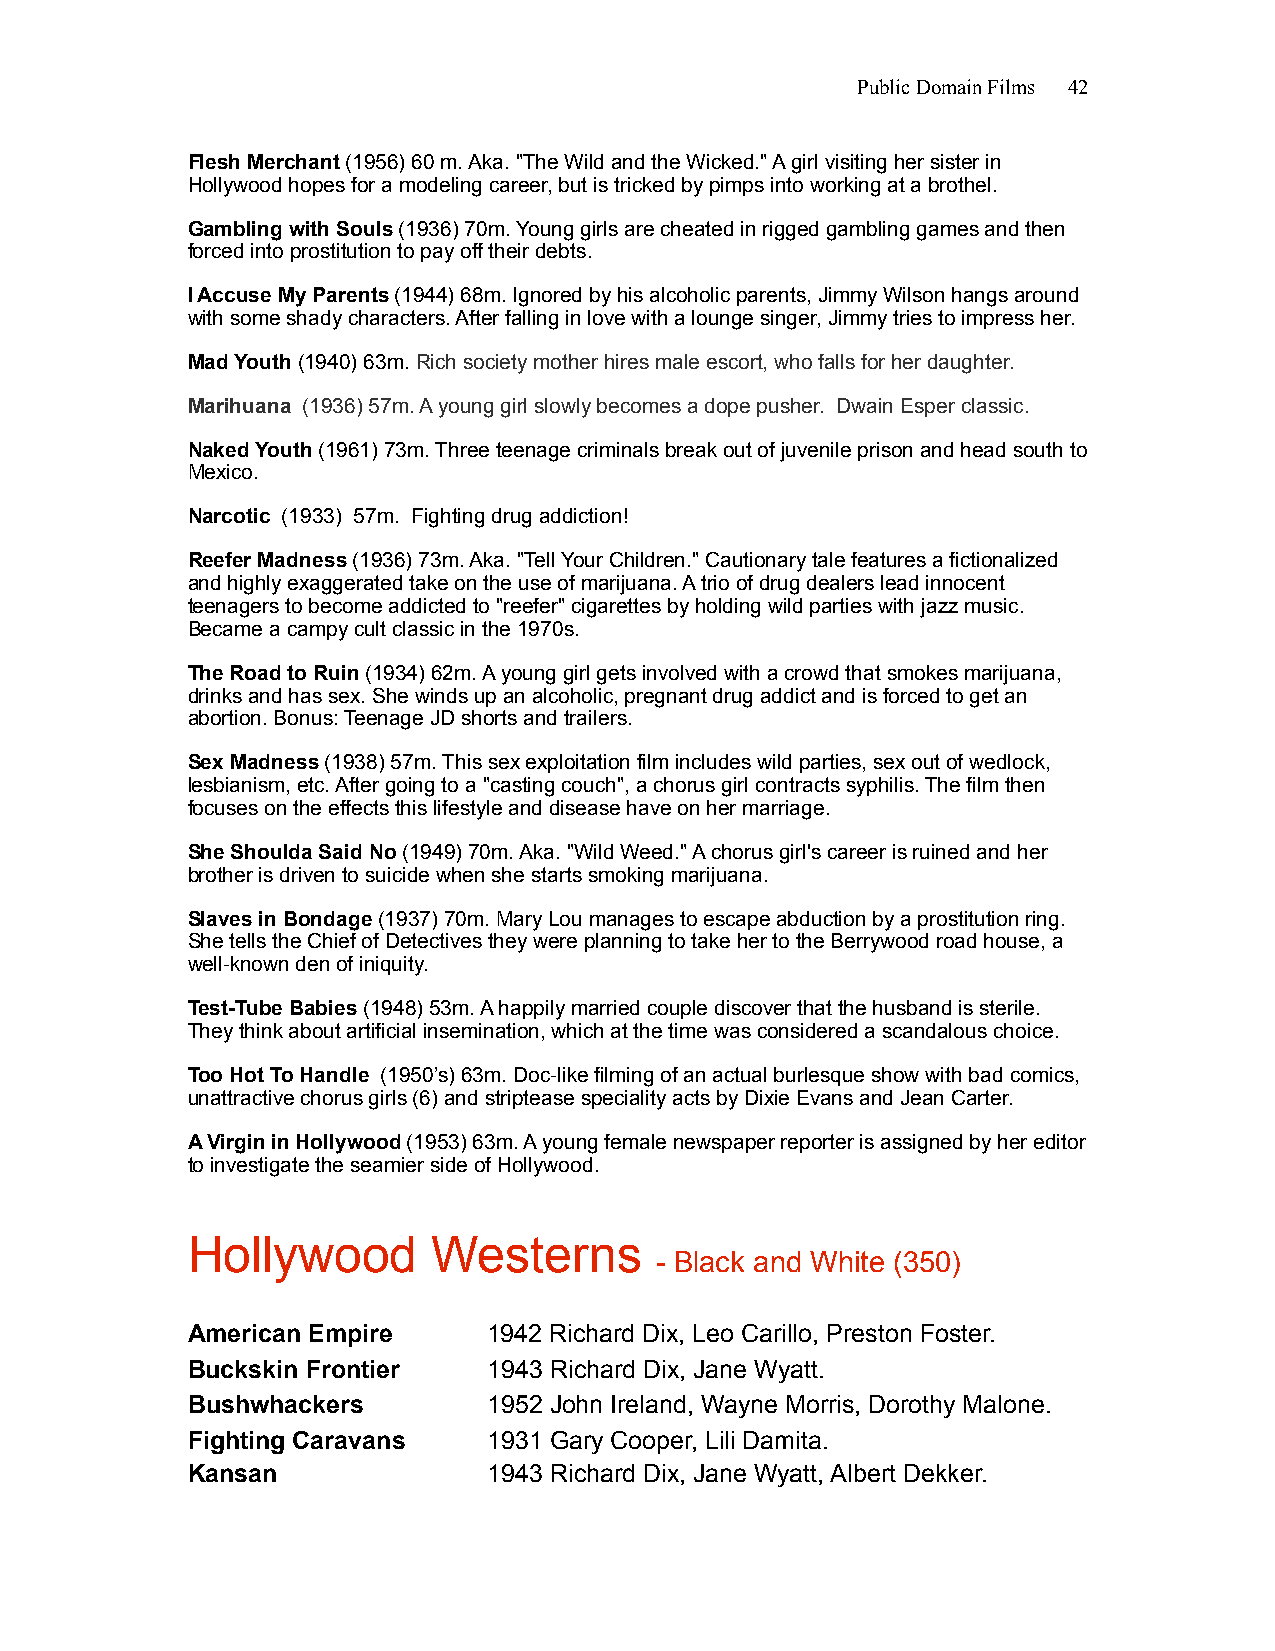
Public Domain Films 42
 Flesh Merchant (1956) 60 m. Aka. "The Wild and the Wicked." A girl visiting her sister in
 Hollywood hopes for a modeling career, but is tricked by pimps into working at a brothel.
 Gambling with Souls (1936) 70m. Young girls are cheated in rigged gambling games and then
 forced into prostitution to pay off their debts.
 I Accuse My Parents (1944) 68m. Ignored by his alcoholic parents, Jimmy Wilson hangs around
 with some shady characters. After falling in love with a lounge singer, Jimmy tries to impress her.
 Mad Youth (1940) 63m. Rich society mother hires male escort, who falls for her daughter.
 Marihuana (1936) 57m. A young girl slowly becomes a dope pusher. Dwain Esper classic.
 Naked Youth (1961) 73m. Three teenage criminals break out of juvenile prison and head south to
 Mexico.
 Narcotic (1933) 57m. Fighting drug addiction!
 Reefer Madness (1936) 73m. Aka. "Tell Your Children." Cautionary tale features a fictionalized
 and highly exaggerated take on the use of marijuana. A trio of drug dealers lead innocent
 teenagers to become addicted to "reefer" cigarettes by holding wild parties with jazz music.
 Became a campy cult classic in the 1970s.
 The Road to Ruin (1934) 62m. A young girl gets involved with a crowd that smokes marijuana,
 drinks and has sex. She winds up an alcoholic, pregnant drug addict and is forced to get an
 abortion. Bonus: Teenage JD shorts and trailers.
 Sex Madness (1938) 57m. This sex exploitation film includes wild parties, sex out of wedlock,
 lesbianism, etc. After going to a "casting couch", a chorus girl contracts syphilis. The film then
 focuses on the effects this lifestyle and disease have on her marriage.
 She Shoulda Said No (1949) 70m. Aka. "Wild Weed." A chorus girl's career is ruined and her
 brother is driven to suicide when she starts smoking marijuana.
 Slaves in Bondage (1937) 70m. Mary Lou manages to escape abduction by a prostitution ring.
 She tells the Chief of Detectives they were planning to take her to the Berrywood road house, a
 well-known den of iniquity.
 Test-Tube Babies (1948) 53m. A happily married couple discover that the husband is sterile.
 They think about artificial insemination, which at the time was considered a scandalous choice.
 Too Hot To Handle (1950’s) 63m. Doc-like filming of an actual burlesque show with bad comics,
 unattractive chorus girls (6) and striptease speciality acts by Dixie Evans and Jean Carter.
 A Virgin in Hollywood (1953) 63m. A young female newspaper reporter is assigned by her editor
 to investigate the seamier side of Hollywood.
 Hollywood        Westerns
 - Black and White (350)
 American Empire     1942 Richard Dix, Leo Carillo, Preston Foster.
 Buckskin Frontier   1943 Richard Dix, Jane Wyatt.
 Bushwhackers        1952 John Ireland, Wayne Morris, Dorothy Malone.
 Fighting Caravans   1931 Gary Cooper, Lili Damita.
 Kansan              1943 Richard Dix, Jane Wyatt, Albert Dekker.